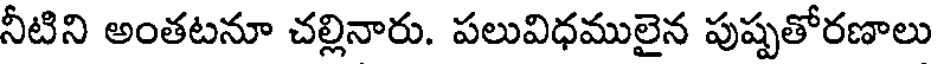
నీటిని అంతటనూ చల్లినారు. పలువిధములైన పుష్పతోరణాలు